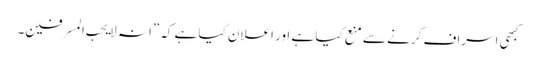
کبھی اسراف کرنے سے منع کیا ہے اور اعلان کیا ہے کہ”انہ لا یحب المسرفین۔